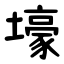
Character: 壕